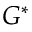
G ^ { * }